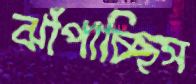
ঝাঁপাচ্ছিস